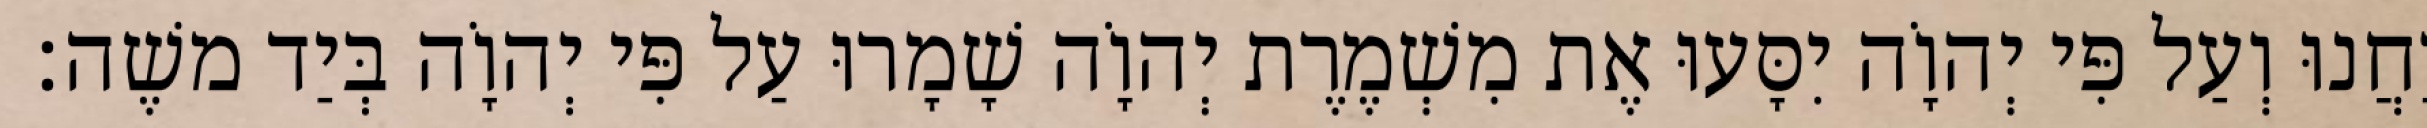
יַחֲנוּ וְעַל פִּי יְהוָֹה יִסָּעוּ אֶת מִשְׁמֶרֶת יְהוָֹה שָׁמָרוּ עַל פִּי יְהוָֹה בְּיַד משֶׁה׃